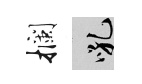
攔吼